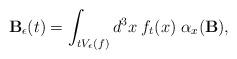
LaTeX: \begin{align*}{\bf B}_\epsilon(t)=\int_{tV_\epsilon(f)}d^3x\;f_t(x)\; \alpha_x({\bf B}),\end{align*}